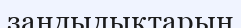
заңдылықтарын